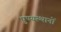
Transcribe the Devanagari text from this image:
पुण्यस्थानों